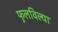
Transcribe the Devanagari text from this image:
फुलविल्या